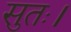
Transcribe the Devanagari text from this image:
सुतः।